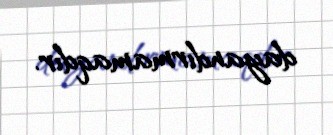
dayandırmamaqdır.